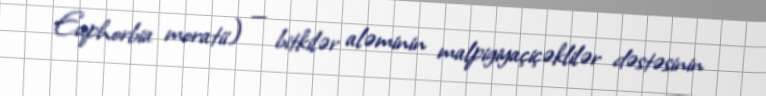
Euphorbia moratii) — bitkilər aləminin malpigiyaçiçəklilər dəstəsinin